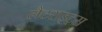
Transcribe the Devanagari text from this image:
लैटराइट्स